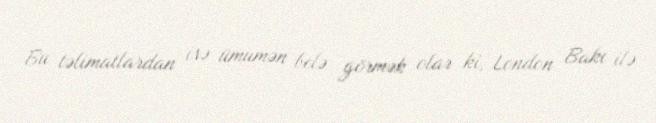
Bu təlimatlardan isə ümumən belə görmək olar ki, London Bakı ilə